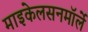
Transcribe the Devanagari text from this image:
माइकेलसनमॉर्ले